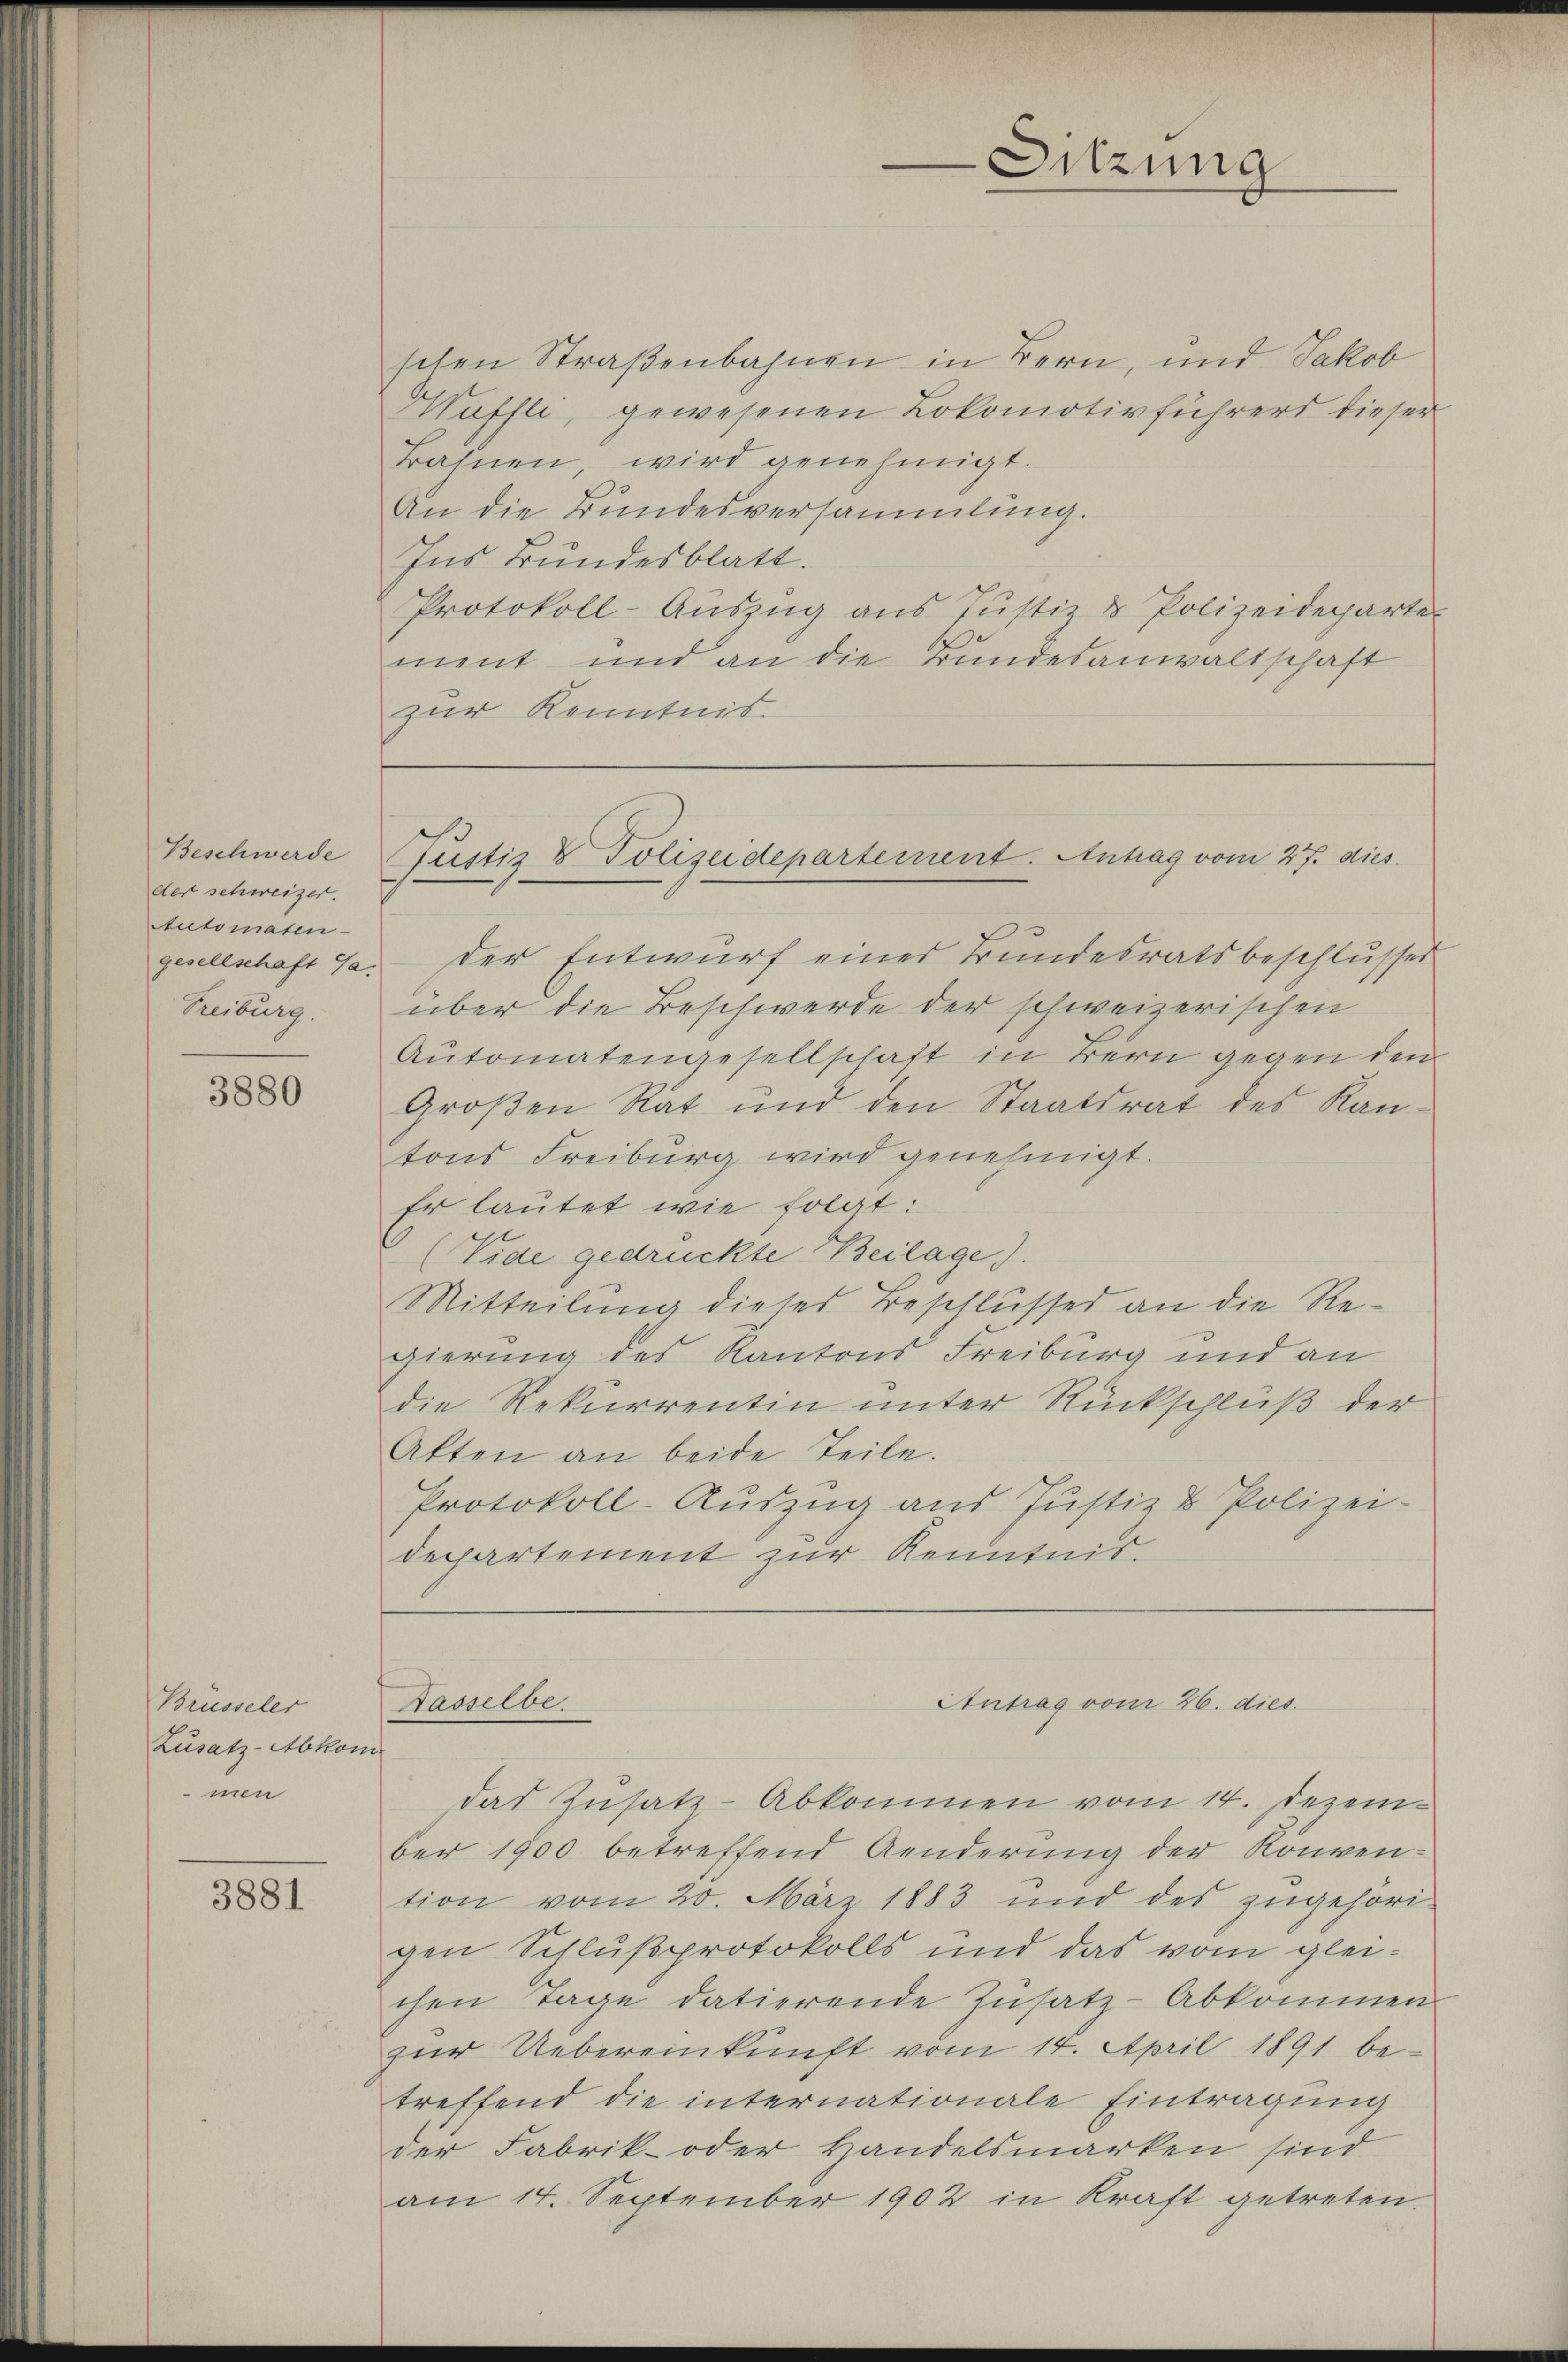
Beschwerde
der schweizer.
Automaten
gesellschaft Ga
Freiburg.

3880

Brüsseler
Zusatz-Abkom
men

3881

schen Straßenbahnen in Bern, und Jakob
Müsste, gewesenen Lokomotivführers dieser
rahnen, wird genehmigt.
An die Bundesversammlung.
Ins Bundesblatt.
Protokoll-Aŭszŭg ans Justiz & Polizeideparte
ment und an die Bundesanwaltschaft
zur Kenntnis.

Sitzung

Justiz & Polizeidepartement. Antrag vom 27. dies

der Entwurf eines Bundesratsbeschlusses
über die Beschwerde der schweizerischen
Automatengesellschaft in tern gegen den
Großen Rat und den Staatsrat des Kantons Freiburg wird genehmigt.
Er lautet wie folgt:
(Vide gedrückte Beilage).
Mitteilung dieses Beschlusses an die Regierung des Kantons Freiburg und an
die Rekurrentin unter Rückschluß der
Akten an beide Teile.
Protokoll-Auszug aus Justiz & Polizei-
departement zur Kenntnis.

Kasselbe.

Antrag vom 26. dies

das Zusatz-Abkommen vom 14. Dezember 1900 betreffend Aenderung der Konvention vom 20. März 1883 und des zŭgehöri-
gen Schlußprotokolls und das vom gleichen Tage datierende Insatz-Abkommen
zur Uebereinkunft vom 14. April 1891 be-
treffend die internationale Eintragung
der Fabrik- oder Handelsmarken sind
am 14. September 1902 in Kraft getreten.